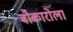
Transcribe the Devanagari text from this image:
बोकारोला